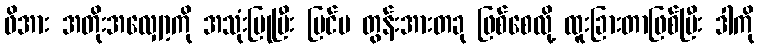
ဖိအား အတိုးအလျှော့ကို အသုံးပြုပြီး ပြင်ပ တွန်းအားတခု ဖြစ်စေလို့ ထူးခြားတာဖြစ်ပြီး ဒါကို